Indian journal of veterinary science and animal husbandry - Volumes 24-25, 1954-1955
Year: 1954
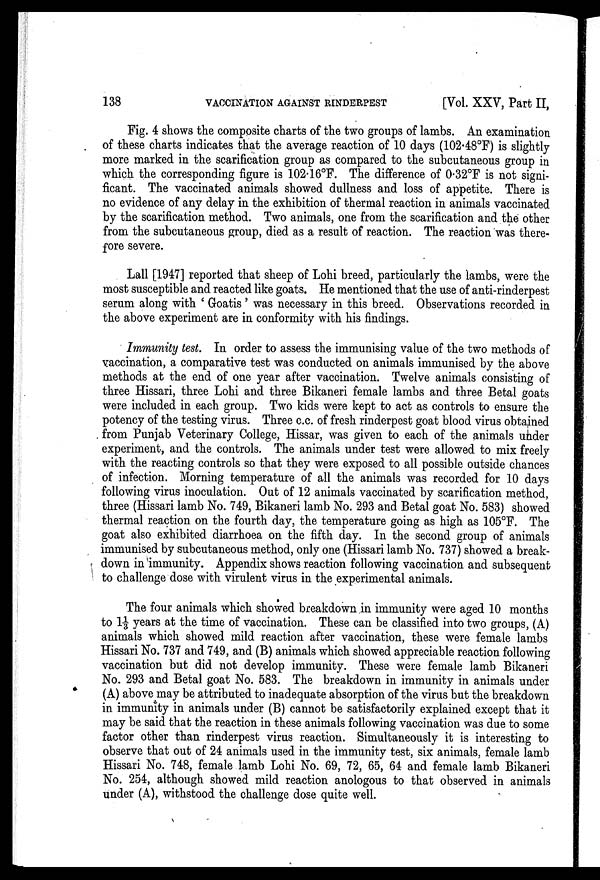
138
VACCINATION AGAINST RINDERPEST
[Vol. XXV, Part II,
Fig. 4 shows the composite charts of the two groups of lambs. An examination
of these charts indicates that the average reaction of 10 days (102.48°F) is slightly
more marked in the scarification group as compared to the subcutaneous group in
which the corresponding figure is 102.16°F. The difference of 0.32°F is not signi
ficant. The vaccinated animals showed dullness and loss of appetite. There is
no evidence of any delay in the exhibition of thermal reaction in animals vaccinated
by the scarification method. Two animals, one from the scarification and the other
from the subcutaneous group, died as a result of reaction. The reaction was there
fore severe.
Lall [1947] reported that sheep of Lohi breed, particularly the lambs, were the
most susceptible and reacted like goats. He mentioned that the use of anti-rinderpest
serum along with ' Goatis ' was necessary in this breed. Observations recorded in
the above experiment are in conformity with his findings.
Immunity test. In order to assess the immunising value of the two methods of
vaccination, a comparative test was conducted on animals immunised by the above
methods at the end of one year after vaccination. Twelve animals consisting of
three Hissari, three Lohi and three Bikaneri female lambs and three Betal goats
were included in each group. Two kids were kept to act as controls to ensure the
potency of the testing virus. Three c.c. of fresh rinderpest goat blood virus obtained
from Punjab Veterinary College, Hissar, was given to each of the animals under
experiment, and the controls. The animals under test were allowed to mix freely
with the reacting controls so that they were exposed to all possible outside chances
of infection. Morning temperature of all the animals was recorded for 10 days
following virus inoculation. Out of 12 animals vaccinated by scarification method,
three (Hissari lamb No. 749, Bikaneri lamb No. 293 and Betal goat No. 583) showed
thermal reaction on the fourth day, the temperature going as high as 105°F. The
goat also exhibited diarrhoea on the fifth day. In the second group of animals
immunised by subcutaneous method, only one (Hissari lamb No. 737) showed a break
down in immunity. Appendix shows reaction following vaccination and subsequent
to challenge dose with virulent virus in the experimental animals.
The four animals which showed breakdown in immunity were aged 10 months
to 1⅓ years at the time of vaccination. These can be classified into two groups, (A)
animals which showed mild reaction after vaccination, these were female lambs
Hissari No. 737 and 749, and (B) animals which showed appreciable reaction following
vaccination but did not develop immunity. These were female lamb Bikaneri
No. 293 and Betal goat No. 583. The breakdown in immunity in animals under
(A) above may be attributed to inadequate absorption of the virus but the breakdown
in immunity in animals under (B) cannot be satisfactorily explained except that it
may be said that the reaction in these animals following vaccination was due to some
factor other than rinderpest virus reaction. Simultaneously it is interesting to
observe that out of 24 animals used in the immunity test, six animals, female lamb
Hissari No. 748, female lamb Lohi No. 69, 72, 65, 64 and female lamb Bikaneri
No. 254, although showed mild reaction anologous to that observed in animals
under (A), withstood the challenge dose quite well.